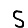
Digit: 5